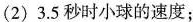
(2)3.5秒时小球的速度；